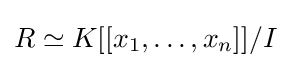
R\simeq K[[x_{1},\ldots ,x_{n}]]/I